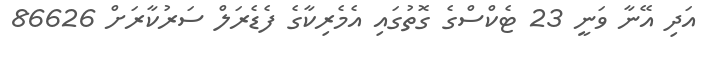
އަދި އޭނާ ވަނީ 23 ޓެކްސްގެ ގޮތުގައި އެމެރިކާގެ ފެޑެރަލް ސަރުކާރަށް 86626